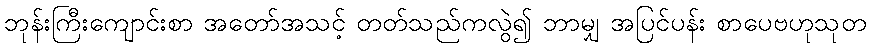
ဘုန်းကြီးကျောင်းစာ အတော်အသင့် တတ်သည်ကလွဲ၍ ဘာမျှ အပြင်ပန်း စာပေဗဟုသုတ